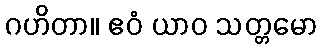
ဂဟိတာ။ ဧဝံ ယာဝ သတ္တမော